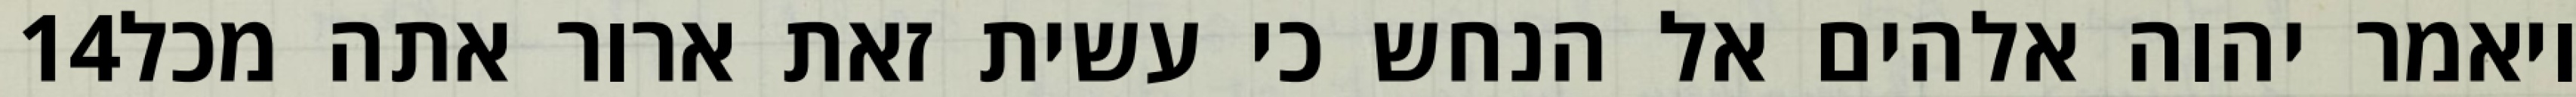
‎14‏ ויאמר יהוה אלהים אל הנחש כי עשית זאת ארור אתה מכל